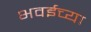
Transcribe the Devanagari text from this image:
भवईच्या